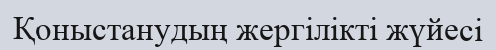
Қоныстанудың жергілікті жүйесі